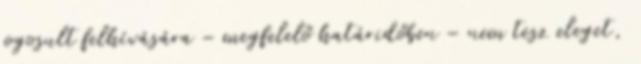
jogosult felhívására – megfelelő határidőben – nem tesz eleget,